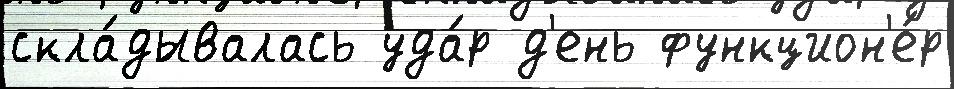
скла́дывалась уда́р д'ень функцион'е́р